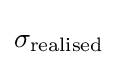
\sigma _{\text{realised}}